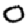
Digit: 0